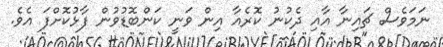
ނަމަވެސް ޗައިނާ އާއި ދެކުނު ކޮރެއާ އިން ވަނީ ކަންބޮޑުވުން ފާޅުކޮށްފަ އެވެ.